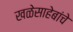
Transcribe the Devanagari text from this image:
खळेसाहेबांचे